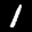
Label: 1